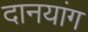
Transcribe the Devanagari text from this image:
दानयांग